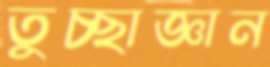
তুচ্ছাজ্ঞান